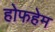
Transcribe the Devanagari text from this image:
होफहेम